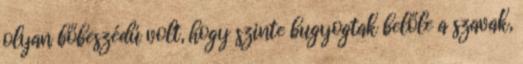
olyan bőbeszédű volt, hogy szinte bugyogtak belőle a szavak,